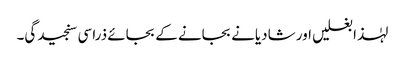
لہٰذا بغلیں اور شادیانے بجانے کے بجائے ذرا سی سنجیدگی۔